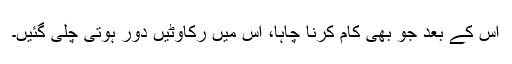
اس کے بعد جو بھی کام کرنا چاہا، اس میں رکاوٹیں دور ہوتی چلی گئیں۔